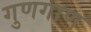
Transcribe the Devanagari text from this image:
गुणगाण